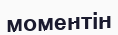
моментін